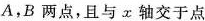
A，B两点，且与x轴交于点